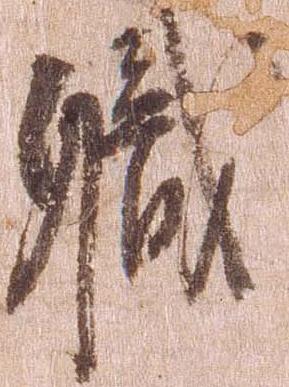
職